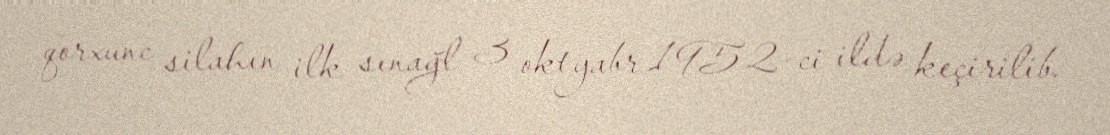
qorxunc silahın ilk sınağl 3 oktyabr 1952-ci ildə keçirilib.